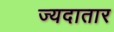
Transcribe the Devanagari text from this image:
ज्यदातार